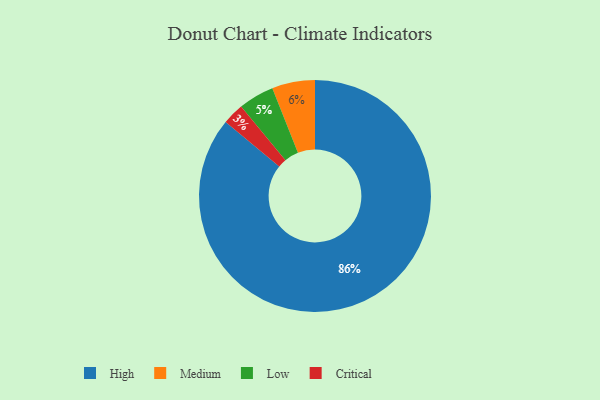
{"axis": {"x": "Category", "y": "Percentage"}, "legend": ["Critical", "High", "Low", "Medium"], "data": [{"x": "Low", "y": 5, "type": "Low"}, {"x": "High", "y": 86, "type": "High"}, {"x": "Critical", "y": 3, "type": "Critical"}, {"x": "Medium", "y": 6, "type": "Medium"}]}